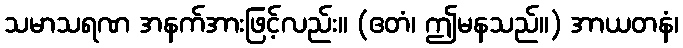
သမာသရဏ အနက်အားဖြင့်လည်း။ (ဧတံ၊ ဤမနသည်။) အာယတနံ၊